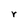
Character: r